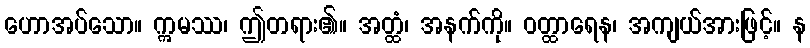
ဟောအပ်သော။ ဣမဿ၊ ဤတရား၏။ အတ္ထံ၊ အနက်ကို။ ဝတ္ထာရေန၊ အကျယ်အားဖြင့်။ န